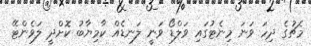
މެޗުގެ ދިހަ ވަނަ މިނެޓުގައި ވަލްޑޯ ވަނީ ލަނޑެއް ކާމިޔާބު ކޮށްދީ ލަވެންޓޭ